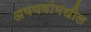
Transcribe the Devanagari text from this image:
अवयवांमधील